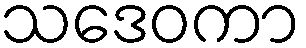
သဒေဝကာ